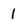
Character: 1